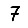
Digit: 7